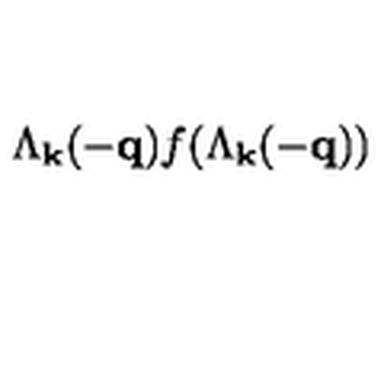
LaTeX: \Lambda _ { { \bf { k } } } ( - { \bf { q } } ) f ( \Lambda _ { { \bf { k } } } ( - { \bf { q } } ) )